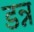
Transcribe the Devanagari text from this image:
डन्न